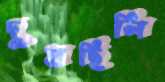
দুষছিলি